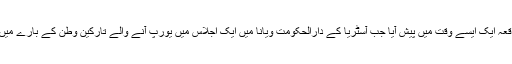
واضح رہے کہ یہ واقعہ ایک ایسے وقت میں پیش آیا جب آسٹریا کے دارالحکومت ویانا میں ایک اجلاس میں یورپ آنے والے تارکین وطن کے بارے میں غور کیا جا رہا ہے۔